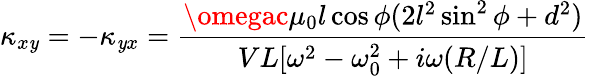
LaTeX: \kappa_{x\mathit{y}}=-\kappa_{\mathit{y}x}=\frac{{\omegac\mu_{0}l\cos{\phi}(2l^{2}\sin^{2}{\phi}+d^{2})}}{{VL[\omega^{2}-\omega_{0}^{2}+i\omega(R/L)]}}